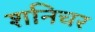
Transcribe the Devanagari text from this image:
शनिचर